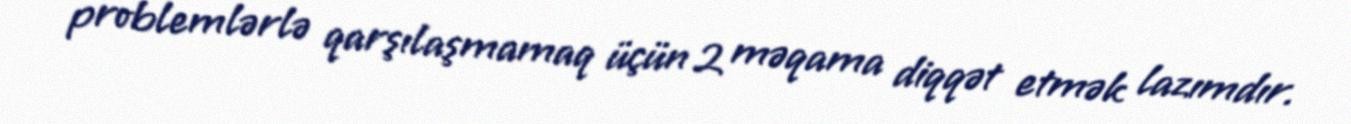
problemlərlə qarşılaşmamaq üçün 2 məqama diqqət etmək lazımdır.